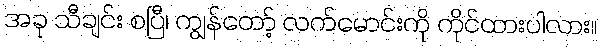
အခု သီချင်း စပြီ၊ ကျွန်တော့် လက်မောင်းကို ကိုင်ထားပါလား။